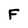
Character: F